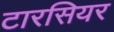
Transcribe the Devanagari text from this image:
टारसियर